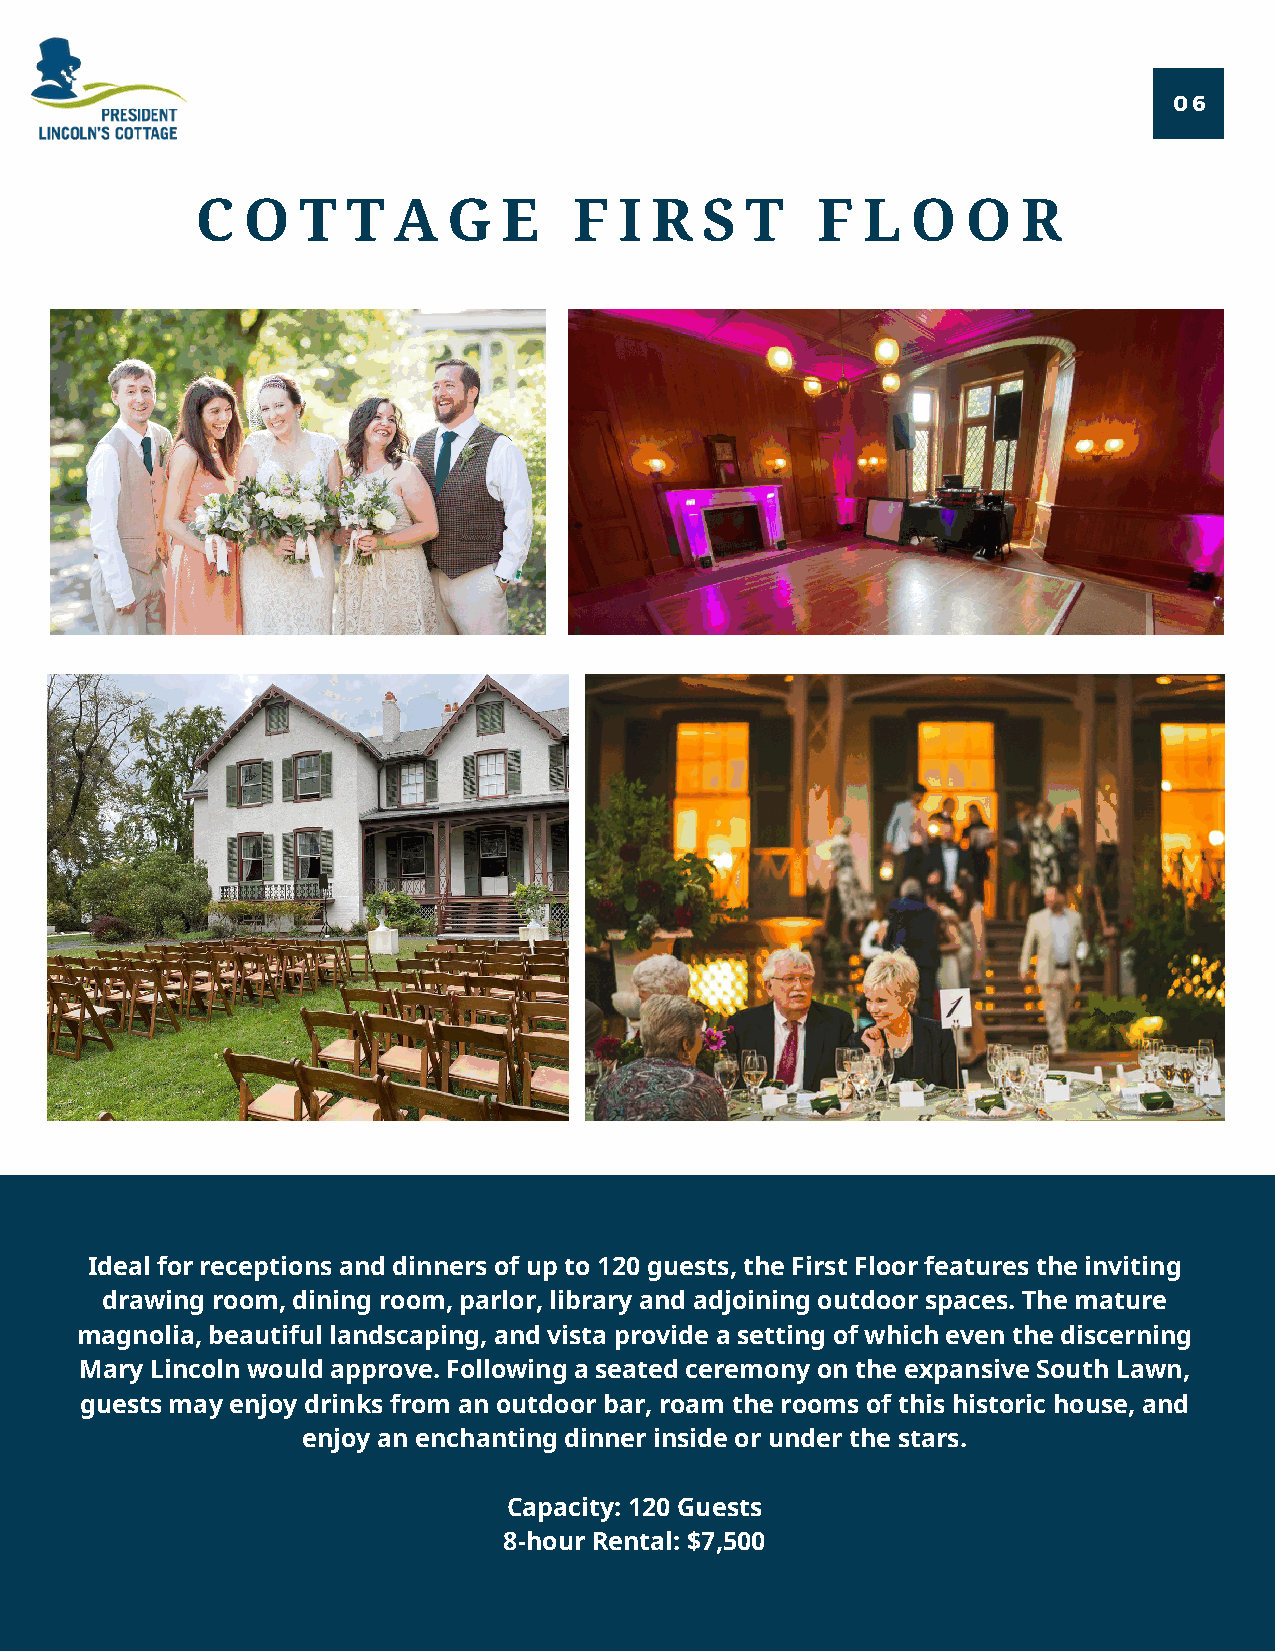
06
 C  O   T  T  A   G  E    F  I R  S  T    F  L  O   O   R
 Ideal for receptions and dinners of up to 120 guests, the First Floor features the inviting
 drawing room, dining room, parlor, library and adjoining outdoor spaces. The mature
 magnolia, beautiful landscaping, and vista provide a setting of which even the discerning
 Mary Lincoln would approve. Following a seated ceremony on the expansive South Lawn,
 guests may enjoy drinks from an outdoor bar, roam the rooms of this historic house, and
 enjoy an enchanting dinner inside or under the stars.
 Capacity: 120 Guests
 8-hour Rental: $7,500